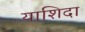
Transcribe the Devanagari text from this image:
याशिदा